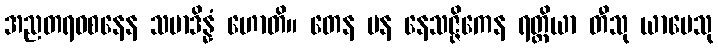
အညတရဝစနေန သမာဒိန္နံ ဟောတိ။ တေန ပန နေသဇ္ဇိကေန ရတ္တိယာ တီသု ယာမေသု